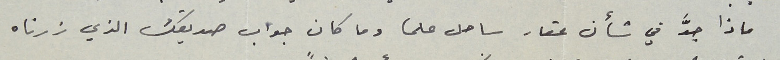
ماذا جدَّ في شأن عقار ساحل علما وما كان جواب صديقك الذي زرناه